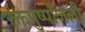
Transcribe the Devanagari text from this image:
रक्तपुष्पांजली